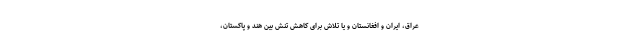
عراق، ایران و افغانستان و یا تلاش برای کاهش تنش بین هند و پاکستان،